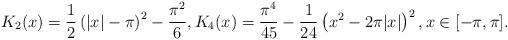
LaTeX: \begin{align*}K_2(x)=\frac{1}{2}\left(|x|-\pi \right)^2-\frac{\pi^2}{6},K_4(x)= \frac{\pi^4}{45}-\frac{1}{24}\left(x^2-2\pi|x|\right)^2, x\in [-\pi,\pi].\end{align*}